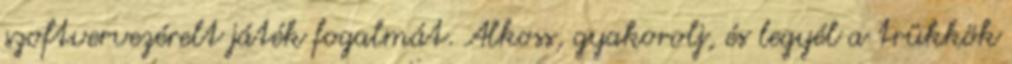
szoftvervezérelt játék fogalmát. Alkoss, gyakorolj, és legyél a trükkök